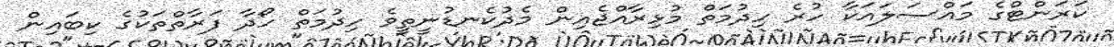
ކަރަންޓްގެ މައްސަލައަކާ ހުރެ ހިދުމަތް މުޅިރާއްޖެއިން މެދުކެނޑުނީތީވެ ހިދުމަތް ހޯދާ ފަރާތްތަކުގެ ކިބައިން